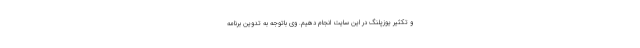
و تکثیر یوزپلنگ در این سایت انجام دهیم. وی باتوجه به تدوین برنامه